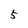
Character: 5